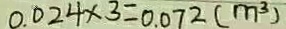
0 . 0 2 4 \times 3 = 0 . 0 7 2 ( m ^ { 3 } )